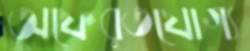
অফেরতযোগ্য